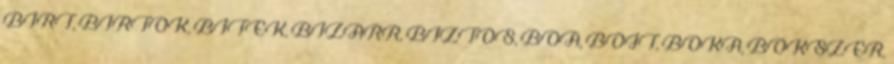
BIRT, BIRTOK, BITEK, BIZARR, BIZTOS, BOA, BOJT, BOKA, BOKSZER,